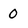
Character: 0